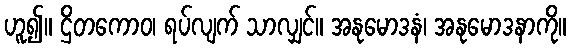
ဟူ၍။ ဌိတကောဝ၊ ရပ်လျက် သာလျှင်။ အနုမောဒနံ၊ အနုမောဒနာကို။